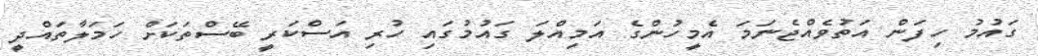
ގައުމު ހިފަން އަތުވެއްޖެނަމަ އެމީހުންގެ އަމިއްލަ ގައުމުގައި ހުރި އަސްކަރީ ބޭސްތަކަށް ހަމަލާތައްދީ